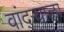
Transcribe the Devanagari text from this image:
वांद्‌ऱ्याला